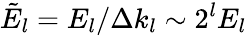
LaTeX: \tilde{E}_{l}=E_{l}/\Delta k_{l}\sim 2^{l}E_{l}